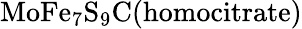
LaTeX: \mathrm{MoFe_{7}S_{9}C(homocitrate)}